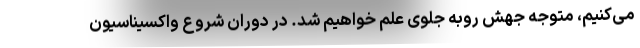
می‌کنیم، متوجه جهش روبه‌ جلوی علم خواهیم شد. در دوران شروع واکسیناسیون